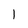
Character: 1